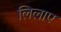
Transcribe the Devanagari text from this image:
लिलाए